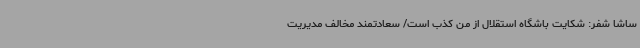
ساشا شفر: شکایت باشگاه استقلال از من کذب است/ سعادتمند مخالف مدیریت